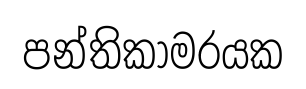
පන්තිකාමරයක